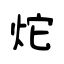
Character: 炨